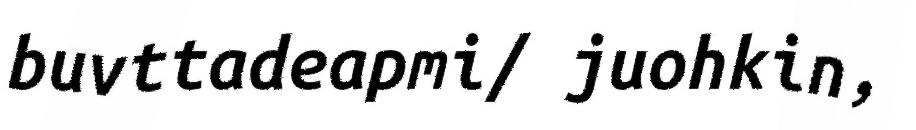
buvttadeapmi/ juohkin,